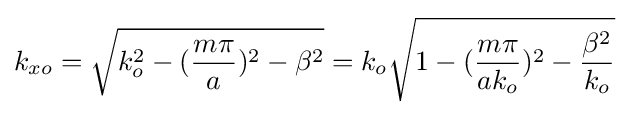
k_{xo}={\sqrt {{k_{o}^{2}}-({\frac {m\pi }{a}})^{2}-\beta ^{2}}}=k_{o}{\sqrt {1-({\frac {m\pi }{ak_{o}}})^{2}-{\frac {\beta ^{2}}{k_{o}}}}}